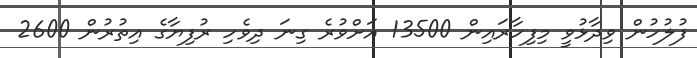
ފުލުހުން ވިދާޅުވީ މިފިހާރައިން 13500 އަށްވުރެ ގިނަ ދިވެހި ރުފިޔާގެ އިތުރުން 2600